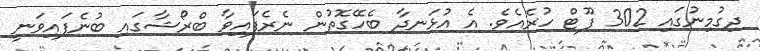
ދިގުމިނުގައި 302 ފޫޓް ހުރެއެވެ. އެ އުޅަނދާ ބެހޭގޮތުން ނެރެފައިވާ ބްރޯޝާގައި ބުނެފައިވަނީ